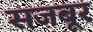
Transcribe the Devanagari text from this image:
सजबूर